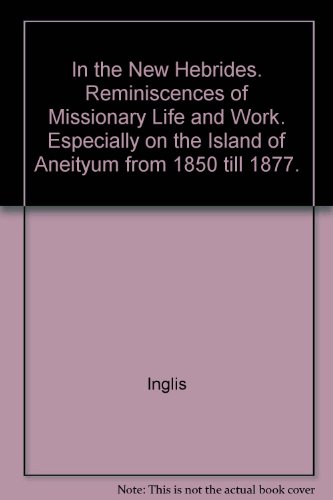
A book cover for In the New Hebrides;: Reminiscences of missionary life and work, especially on the island of Aneityum, from 1850 till 1877; John Inglis; Travel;